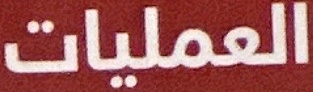
العملیات